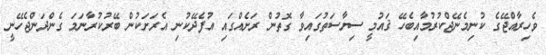
ވެހިރާއްޖޭގެ ކުނިމެނޭޖްކުރުމާއިބެހޭ ޤައުމީ ސިޔާސަތުގައިވާ ގޮތުން ރަށެއްގައި އުފެދޭކުނި އެރަށަކުން ބޭރުކުރާނަމަ ގެންދަންޖެހޭނީ